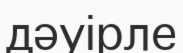
дәуірле